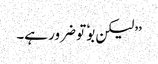
’’لیکن بوٗ تو ضرور ہے۔